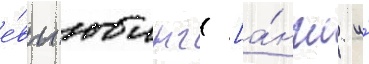
е́вы юинг [а́нгл. и́